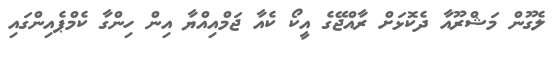
ލެގޫން މަޝްރޫއާ ދެކޮޅަށް ރާއްޖޭގެ އީކޯ ކެއާ ޖަމްއިއްޔާ އިން ހިންގާ ކެމްޕެއިންގައި